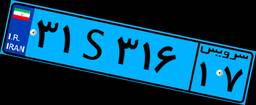
۱۷S۷۲۱۷۲